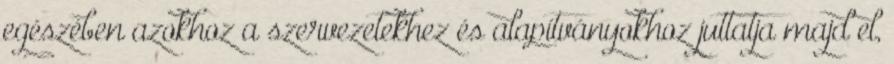
egészében azokhoz a szervezetekhez és alapítványokhoz juttatja majd el,